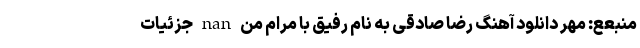
منبعع: مهر دانلود آهنگ رضا صادقی به نام رفیق با مرام من nan جزئیات